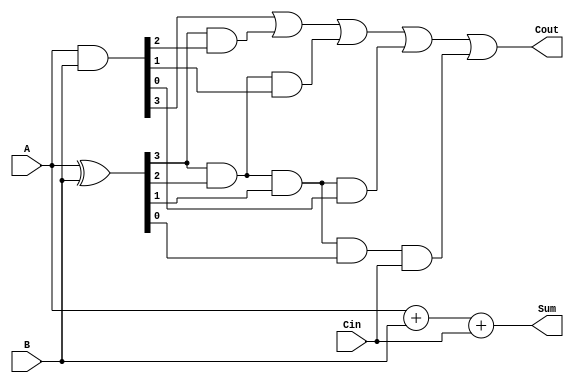
`timescale 1ns / 1ps
//////////////////////////////////////////////////////////////////////////////////
// Company: 
// Engineer: 
// 
// Design Name: 
// Module Name: crylkadr
// Project Name: 
// Target Devices: 
// Tool Versions: 
// Description: 
// 
// Dependencies: 
// 
// Revision:
// Revision 0.01 - File Created
// Additional Comments:
// 
//////////////////////////////////////////////////////////////////////////////////


module crylkadr(
 input wire [3:0] A,
    input wire [3:0] B,
    input wire Cin,
    output wire [4:0] Sum,
    output wire Cout
);

wire [3:0] P, G;
wire [3:0] C;

assign P = A ^ B;
assign G = A & B;

assign C[0] = Cin;
assign C[1] = G[0] | (P[0] & Cin);
assign C[2] = G[1] | (P[1] & G[0]) | (P[1] & P[0] & Cin);
assign C[3] = G[2] | (P[2] & G[1]) | (P[2] & P[1] & G[0]) | (P[2] & P[1] & P[0] & Cin);

assign Sum = A + B + Cin;
assign Cout = G[3] | (P[3] & G[2]) | (P[3] & P[2] & G[1]) | (P[3] & P[2] & P[1] & G[0]) | (P[3] & P[2] & P[1] & P[0] & Cin);

endmodule